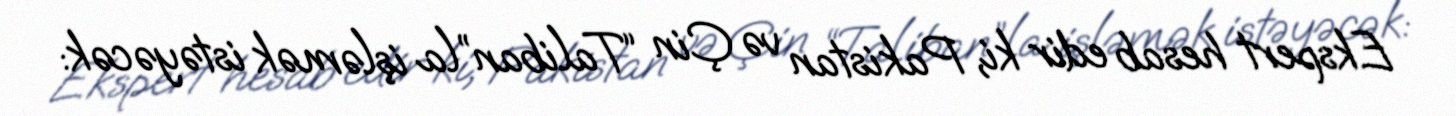
Ekspert hesab edir ki, Pakistan və Çin “Taliban”la işləmək istəyəcək: